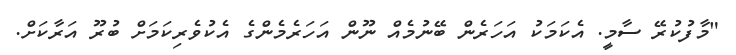
"މާފުކުރޭ ސާމީ. އެކަމަކު އަހަރެން ބޭނުމެއް ނޫން އަހަރެމެންގެ އެކުވެރިކަމަށް ބުރޫ އަރާކަށް.